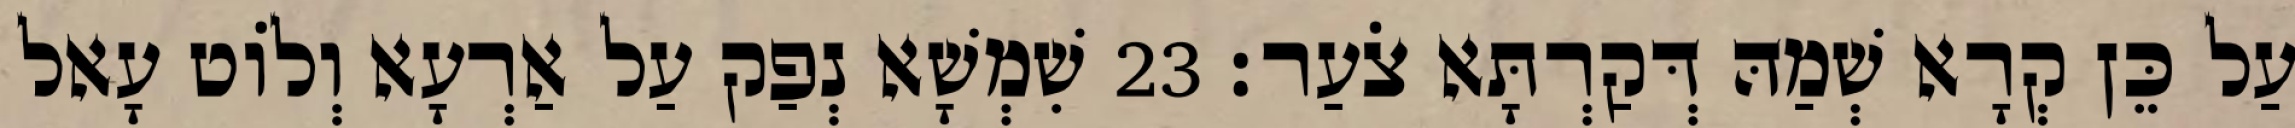
עַל כֵּן קְרָא שְׁמַהּ דְּקַרְתָּא צֹעַר׃ 23 שִׁמְשָׁא נְפַק עַל אַרְעָא וְלוֹט עָאל